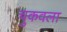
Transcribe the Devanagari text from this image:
चुकवला